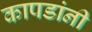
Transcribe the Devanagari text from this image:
कापडांनी